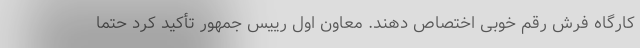
کارگاه فرش رقم خوبی اختصاص دهند. معاون اول رییس جمهور تأکید کرد حتماً